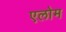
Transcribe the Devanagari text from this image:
एलोम